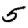
Digit: 5